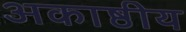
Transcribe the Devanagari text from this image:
अकाष्ठीय